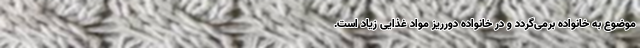
موضوع به خانواده برمی‌گردد و در خانواده دورریز مواد غذایی زیاد است.